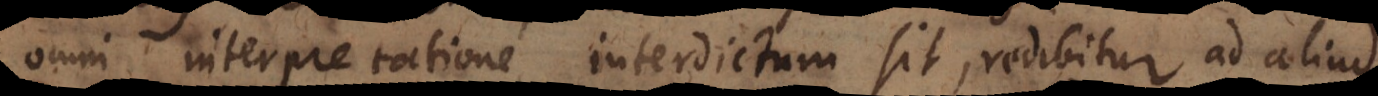
omni interpretatione interdictum sit, redibitur ad jus